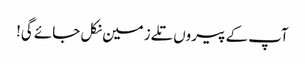
آپ کے پیروں تلے زمین نکل جائے گی!